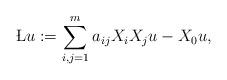
LaTeX: \begin{align*}\L u := \sum_{i, j= 1}^{m} a_{ij} X_iX_j u - X_0 u,\end{align*}